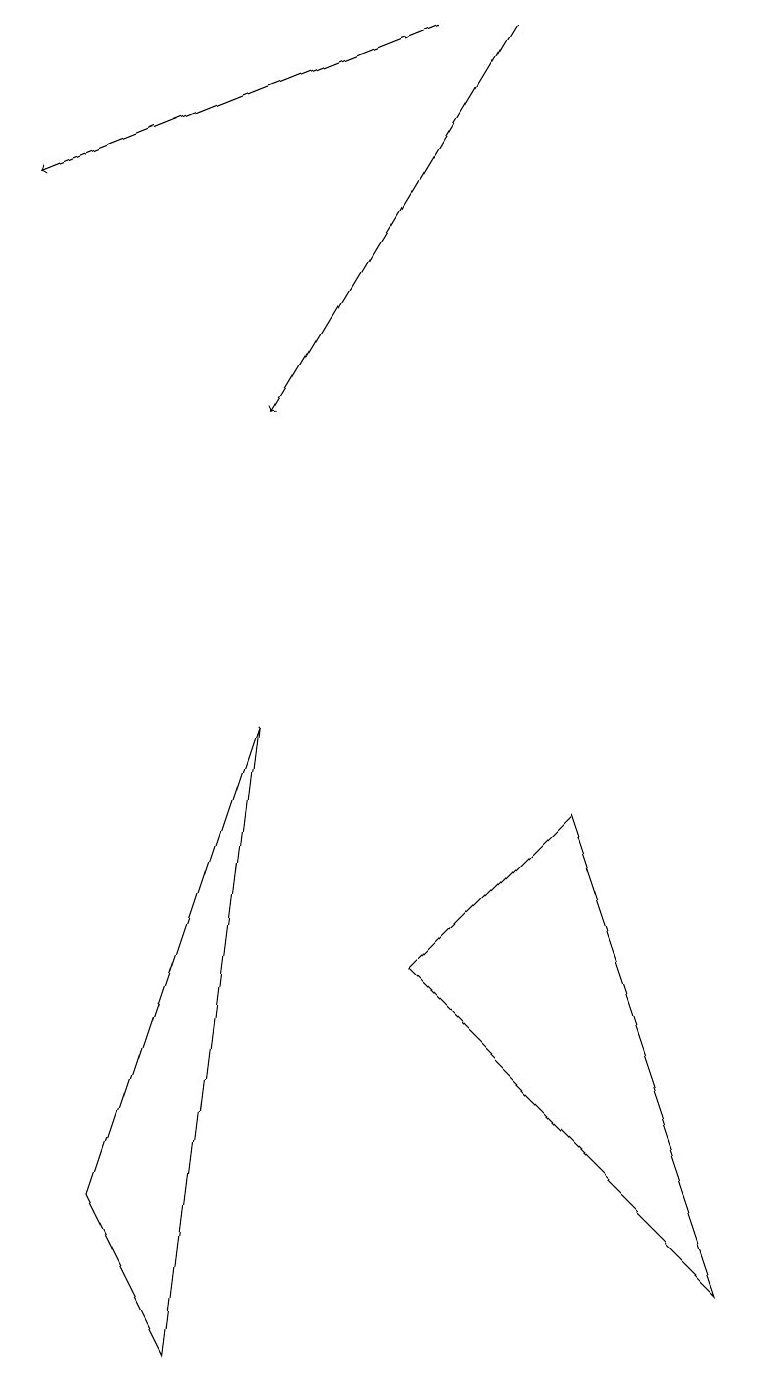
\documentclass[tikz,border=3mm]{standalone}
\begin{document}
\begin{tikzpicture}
\draw[->] (6,17) -- (3,12);
\draw (5,5) -- (9,1) -- (7,7) -- cycle;
\draw (2,0) -- (3,8) -- (1,2) -- cycle;
\draw[->] (5,17) -- (0,15);
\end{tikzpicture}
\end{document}